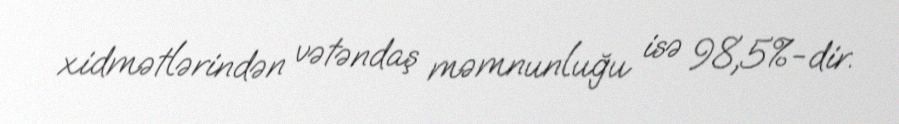
xidmətlərindən vətəndaş məmnunluğu isə 98,5%-dir.